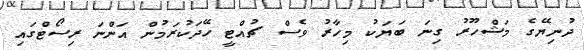
ދުނިޔޭގެ މަޝްހޫރު ގިނަ ބަޔަކު މިހާރު ވެސް ޗުއްޓީ ހޭދަކުރަމުން އަންނަ ރިސޯޓްގައި